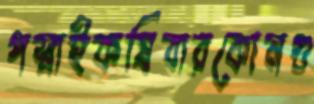
পস্নাইকষিবারকোনগু